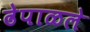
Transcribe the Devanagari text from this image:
ढेपाळले